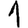
Digit: 1